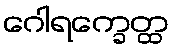
ဂေါရက္ခေတ္ထ